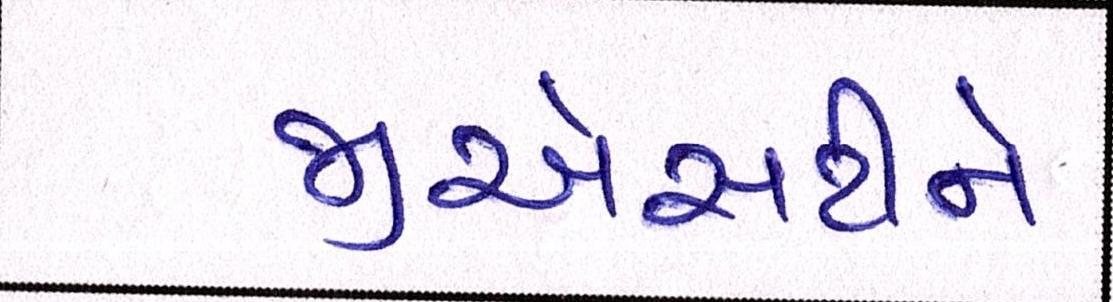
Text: જીએસટીને